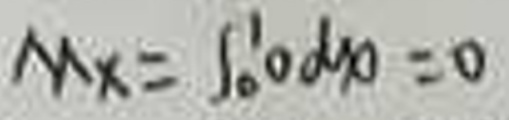
$M_{x}=\int _{0}^{1}0\mathrm{d}\mu =0$